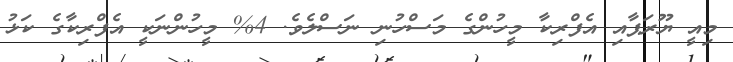
މިއީ ޔޫރަޕާއި އެފްރިކާ މީހުންގެ މަސްހުނި ނަސްލެވެ. 4% މީހުންނަކީ އެފްރިކާގެ ކަޅު